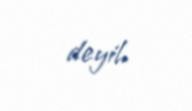
deyil.